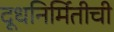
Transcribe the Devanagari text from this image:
दूधनिर्मितीची